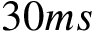
3 0 m s